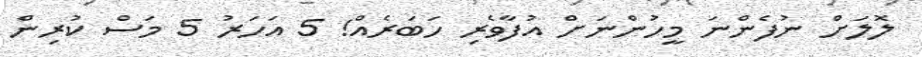
ލޮލަށް ނުފެންނަ މީހުންނަށް އުފާވެރި ހަބަރެއް! 5 އަހަރު 5 މަސް ކުރިން